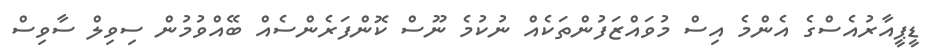
ޑީޕީއާރުއެސްގެ އެންމެ އިސް މުވައްޒަފުންތަކެއް ނުކުމެ ނޫސް ކޮންފަރެންސެއް ބޭއްވުމުން ސިވިލް ސާވިސް